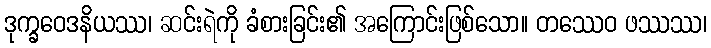
ဒုက္ခဝေဒနိယဿ၊ ဆင်းရဲကို ခံစားခြင်း၏ အကြောင်းဖြစ်သော။ တဿေဝ ဖဿဿ၊